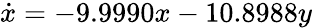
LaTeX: \dot{x}=-9.9990x-10.8988y